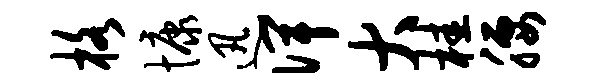
格慷迅俾大桂腰